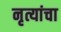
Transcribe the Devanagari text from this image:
नृत्यांचा